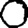
Digit: 0